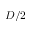
D / 2